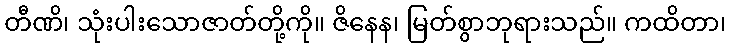
တီဏိ၊ သုံးပါးသောဇာတ်တို့ကို။ ဇိနေန၊ မြတ်စွာဘုရားသည်။ ကထိတာ၊